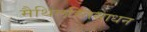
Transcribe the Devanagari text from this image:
मैथिलहितसाधन